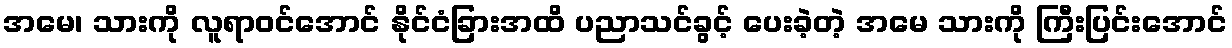
အမေ၊ သားကို လူရာဝင်အောင် နိုင်ငံခြားအထိ ပညာသင်ခွင့် ပေးခဲ့တဲ့ အမေ သားကို ကြီးပြင်းအောင်